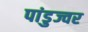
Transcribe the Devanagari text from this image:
पांडुज्वर